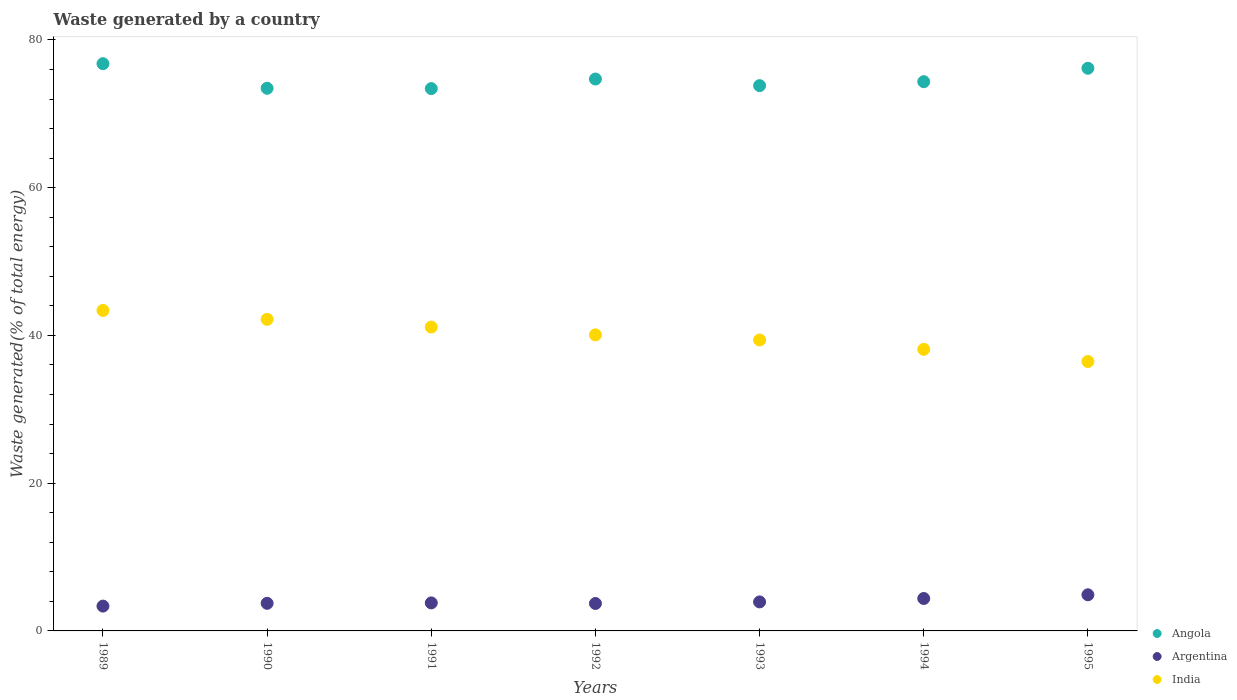
| Years | Angola | Argentina | India |
 | --- | --- | --- | --- |
 | 1989 | 76.8 | 3.36 | 43.4 |
 | 1990 | 73.5 | 3.74 | 42.2 |
 | 1991 | 73.4 | 3.79 | 41.1 |
 | 1992 | 74.7 | 3.71 | 40.1 |
 | 1993 | 73.8 | 3.93 | 39.4 |
 | 1994 | 74.3 | 4.39 | 38.1 |
 | 1995 | 76.2 | 4.89 | 36.5 |